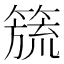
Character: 𮆅